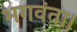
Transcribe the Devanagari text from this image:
भगवंता।